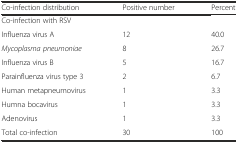
<table><thead><tr><td><b>Co-infection distribution</b></td><td><b>Positive number</b></td><td><b>Percent</b></td></tr></thead><tbody><tr><td>Co-infection with RSV</td><td></td><td></td></tr><tr><td>Influenza virus A</td><td>12</td><td>40.0</td></tr><tr><td><i>Mycoplasma pneumoniae</i></td><td>8</td><td>26.7</td></tr><tr><td>Influenza virus B</td><td>5</td><td>16.7</td></tr><tr><td>Parainfluenza virus type 3</td><td>2</td><td>6.7</td></tr><tr><td>Human metapneumovirus</td><td>1</td><td>3.3</td></tr><tr><td>Humna bocavirus</td><td>1</td><td>3.3</td></tr><tr><td>Adenovirus</td><td>1</td><td>3.3</td></tr><tr><td>Total co-infection</td><td>30</td><td>100</td></tr></tbody></table>